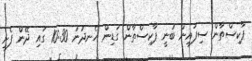
ޕާކިސްތާން ސިފައިން ބުނީ ޕާކިސްތާން ގަޑިން ހެނދުނު 10:30 ގައި ދޭން ފެށި